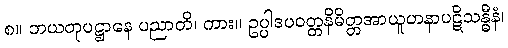
၈။ ဘယတုပဋ္ဌာနေ ပညာတိ၊ ကား။ ဥပ္ပါဒပဝတ္တနိမိတ္တအာယူဟနာပဋိသန္ဓီနံ၊